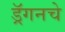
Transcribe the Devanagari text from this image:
ड्रॅगनचे